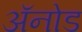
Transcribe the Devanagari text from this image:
अॅनोड